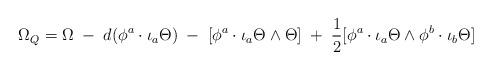
LaTeX: \begin{align*} \Omega _Q = \Omega \;-\;d(\phi ^a\cdot \iota _a\Theta ) \;-\;[\phi ^a\cdot \iota _a\Theta \wedge \Theta] \;+\;\frac 12[\phi ^a\cdot \iota _a\Theta \wedge \phi ^b\cdot \iota _b\Theta ] \end{align*}